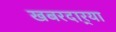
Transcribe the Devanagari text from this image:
खबरदार्‍या